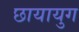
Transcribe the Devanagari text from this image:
छायायुग